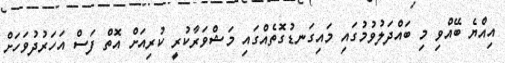
އިއްޔެ ބޭއްވި މި ބައްދަލުވުމުގައި މައިގަނޑުގޮތެއްގައި މަޝްވަރާކުރީ ކުރިއަށް އޮތް ފަސް އަހަރުދުވަހަށް